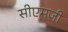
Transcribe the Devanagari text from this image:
सीएमजी